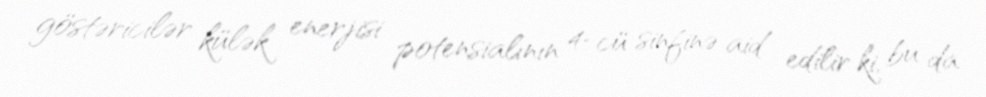
göstəricilər külək enerjisi potensialının 4-cü sinfinə aid edilir ki, bu da